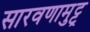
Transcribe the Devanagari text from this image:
सारवणामुट्टू